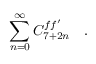
\sum _ { n = 0 } ^ { \infty } C _ { 7 + 2 n } ^ { f f ^ { \prime } } \ \ \ .